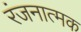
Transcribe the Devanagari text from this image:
रंजनात्मक